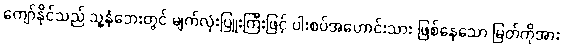
ကျော်နိုင်သည် သူ့နံဘေးတွင် မျက်လုံးပြူးကြီးဖြင့် ပါးစပ်အဟောင်းသား ဖြစ်နေသော မြတ်ကိုအား